Indian Medical Review
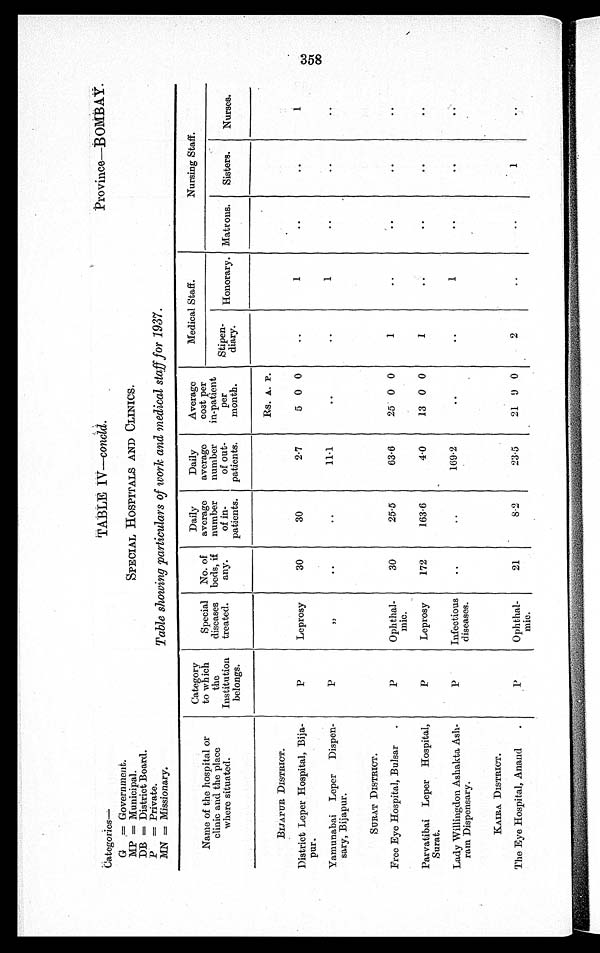
Categories—
TABLE IV—concld.
Province—BOMBAY.
G = Government.
MP = Municipal.
SPECIAL HOSPITALS AND CLINICS.
DB = District Board.
P = Private.
MN = Missionary.
Table showing particulars of work and medical staff for 1937
.
Name of the hospital or
clinic and the place
where situated.
Category
to which
the
Institution
belongs.
Special
diseases
treated.
No. of
beds, if
any.
Daily
average
number
of in-
patients.
Daily
average
number
of out-
patients.
Average
cost per
in-patient
per
month.
Medical Staff.
Nursing Staff.
Stipen- d i a r y .
Honorary. Matrons.
Sisters.
Nurses.
Rs. A. P.
BIJAPUR DISTRICT.
District Leper Hospital, Bija-
pur.
P
Leprosy
30
30
2·7
5 0 0
. .
1
. .
. .
1
Yamunabai Leper Dispen-
sary, Bijapur.
P
' '
. .
. .
11·1
..
..
1
. .
..
. .
SURAT DISTRICT.
Free Eye Hospital, Bulsar.
P
Ophthal-
mic.
30
25·5
63·6
25 0 0
1
. .
. .
..
..
Parvatibai Leper Hospital,
Surat.
P
Leprosy
172
163·6
4·0
13 0 0
1
. .
..
..
..
Lady Willingdon Ashakta Ash-
ram Dispensary.
P
Infectious
diseases.
..
..
169·2
. .
..
1
. .
. .
. .
KAIRA DISTRICT.
The Eye Hospital, Anand.
P
Ophthal-
mic.
21
8·2
23·5
21 9 0
2
..
..
1 ..
3 5 8